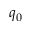
q _ { 0 }